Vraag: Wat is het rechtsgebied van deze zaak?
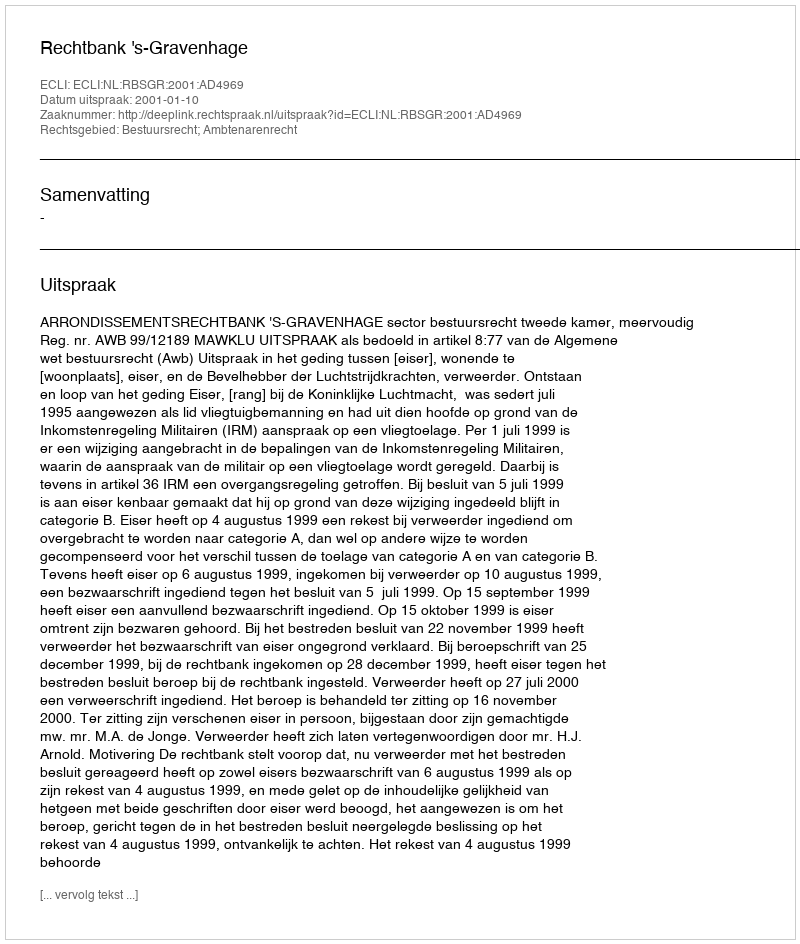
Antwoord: Bestuursrecht; Ambtenarenrecht